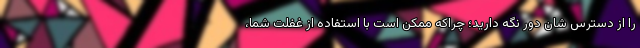
را از دسترس شان دور نگه دارید؛ چراکه ممکن است با استفاده از غفلت شما،